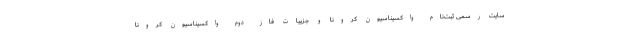
سایت رسمی ثبت‌نام واکسیناسیون کرونا و جزییات فاز دوم واکسیناسیون کرونا